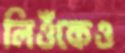
লিওঁকেও